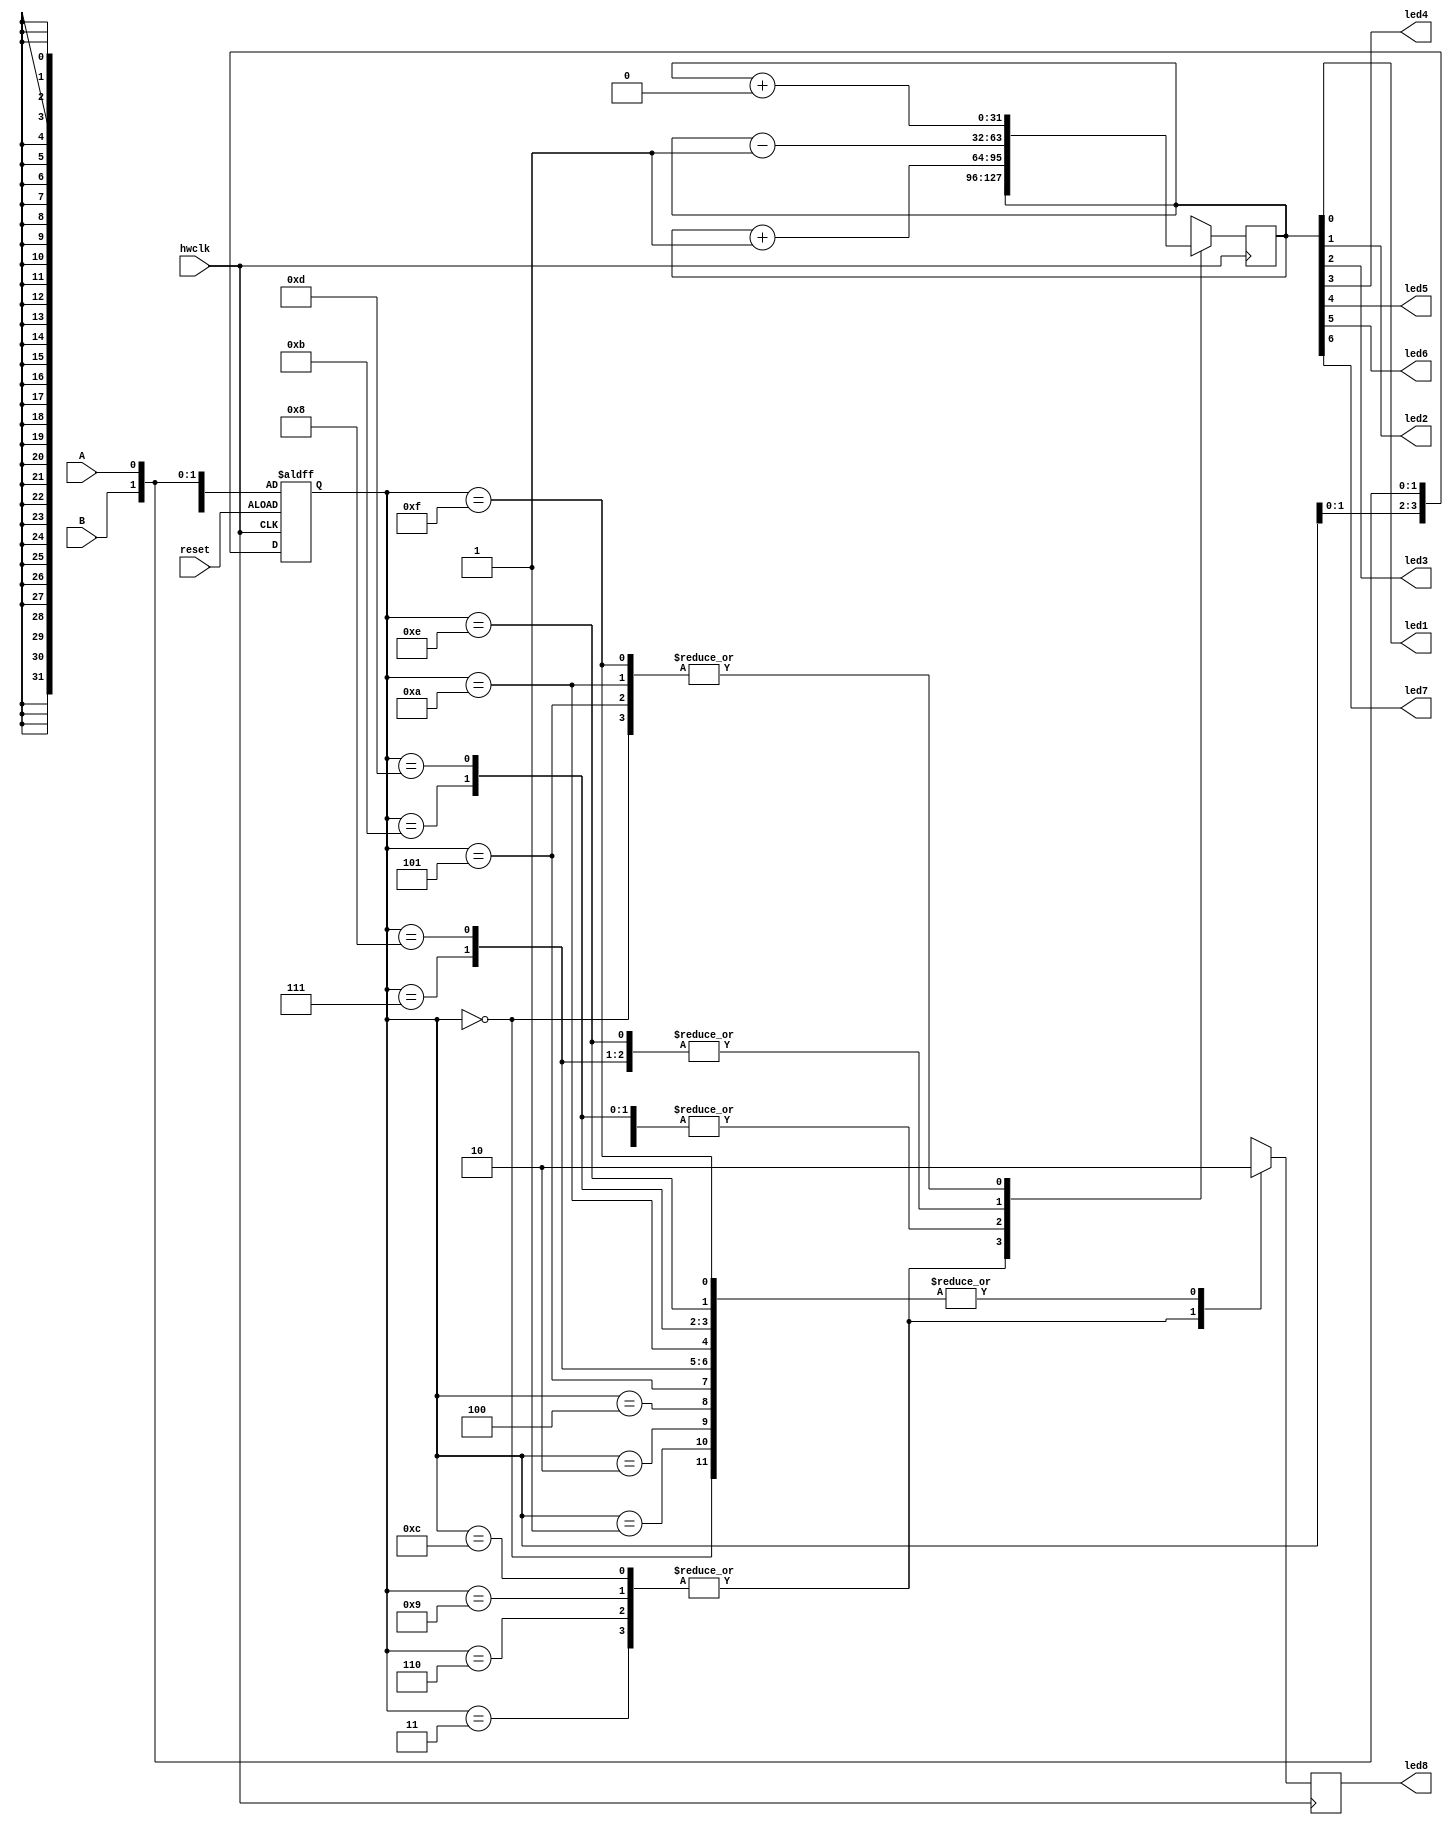
// reading encoder and counting up/down
// v1.1
/* module */
module top (hwclk, reset, led1, led2, led3, led4, led5, led6, led7, led8, A, B);
    /* I/O */
    input hwclk; 
    input reset; 

    output reg led1; 
    output reg led2; 
    output reg led3; 
    output reg led4; 
    output reg led5; 
    output reg led6; 
    output reg led7; 
    output reg led8;

	input A; 
	input B;

    /* State register */
    reg [4:0] state = 5'b00000; // Increase state register size

    /* Counter register */
    reg [31:0] counter = 32'b0; 
    reg error  = 1'b0;
    reg [3:0] encoderState = 4'b0;


    always @ (posedge hwclk) begin
        case (encoderState)
            // 00 prior state
            4'b0000: begin
                counter <= counter + 0; // +0
                error <= 0;
            end
            4'b0001: begin
                counter <= counter - 1; // -1
                error <= 0;
            end
            4'b0010: begin
                counter <= counter + 1; // +1
                error <= 0;
            end
            4'b0011: begin // error
                counter <= counter;
                error <= 1;
            end

            // 01 prior state
            4'b0100: begin
                counter <= counter + 1; // +1
                error <= 0;
            end
            4'b0101: begin
                counter <= counter + 0; // +0
                error <= 0;
            end
            4'b0110: begin // error
                counter <= counter;
                error <= 1;
            end
            4'b0111: begin
                counter <= counter - 1; // -1
                error <= 0;
            end

            // 10 prior state
            4'b1000: begin
                counter <= counter - 1; // -1
                error <= 0;
            end
            4'b1001: begin // error
                counter <= counter;
                error <= 1;
            end
            4'b1010: begin
                counter <= counter + 0; // +0
                error <= 0;
            end
            4'b1011: begin
                counter <= counter + 1; // +1
                error <= 0;
            end

            //11 prior state
            4'b1100: begin // error
                counter <= counter;
                error <= 1;
            end
            4'b1101: begin
                counter <= counter + 1; // +1
                error <= 0;
            end
            4'b1110: begin
                counter <= counter - 1; // -1
                error <= 0;
            end
            4'b1111: begin
                counter <= counter + 0; // +0
                error <= 0;
            end
        endcase
    end


    always @(posedge hwclk or posedge reset) begin
        if (reset) begin
            encoderState[0] <= A;
            encoderState[1] <= B;
            encoderState[2] <= A;
            encoderState[3] <= B;
   
        end else if (hwclk) begin
            encoderState[0] <= A;
            encoderState[1] <= B;
            encoderState[2] <= encoderState[0];
            encoderState[3] <= encoderState[1];
        end

    end


    /* LED drivers */
	always @(*) begin

		led1 <= counter[0];
		led2 <= counter[1];
		led3 <= counter[2];
		led4 <= counter[3];
		led5 <= counter[4];
		led6 <= counter[5];
		led7 <= counter[6];
		led8 <= error;

	end
endmodule	



//Logic: 
//old:new 0000, +0
//old:new 0001, -1
//old:new 0010, +1
//old:new 0011, error

//old:new 0100, +1
//old:new 0101, +0
//old:new 0110, error
//old:new 0111, -1

//old:new 1000, -1
//old:new 1001, error
//old:new 1010, +0
//old:new 1011, +1

//old:new 1100, error
//old:new 1101, +1
//old:new 1110, -1
//old:new 1111, +0